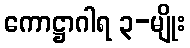
ကောဋ္ဌာဂါရ ၃-မျိုး